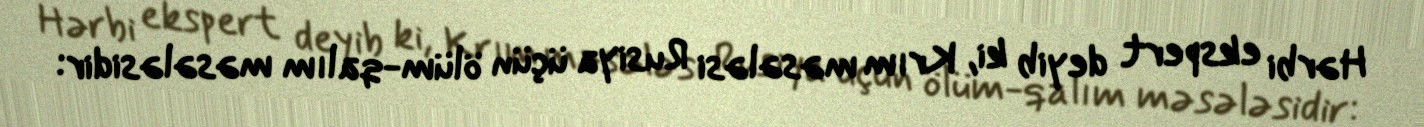
Hərbi ekspert deyib ki, Krım məsələsi Rusiya üçün ölüm-qalım məsələsidir: